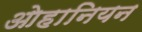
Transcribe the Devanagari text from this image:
ओहानियन